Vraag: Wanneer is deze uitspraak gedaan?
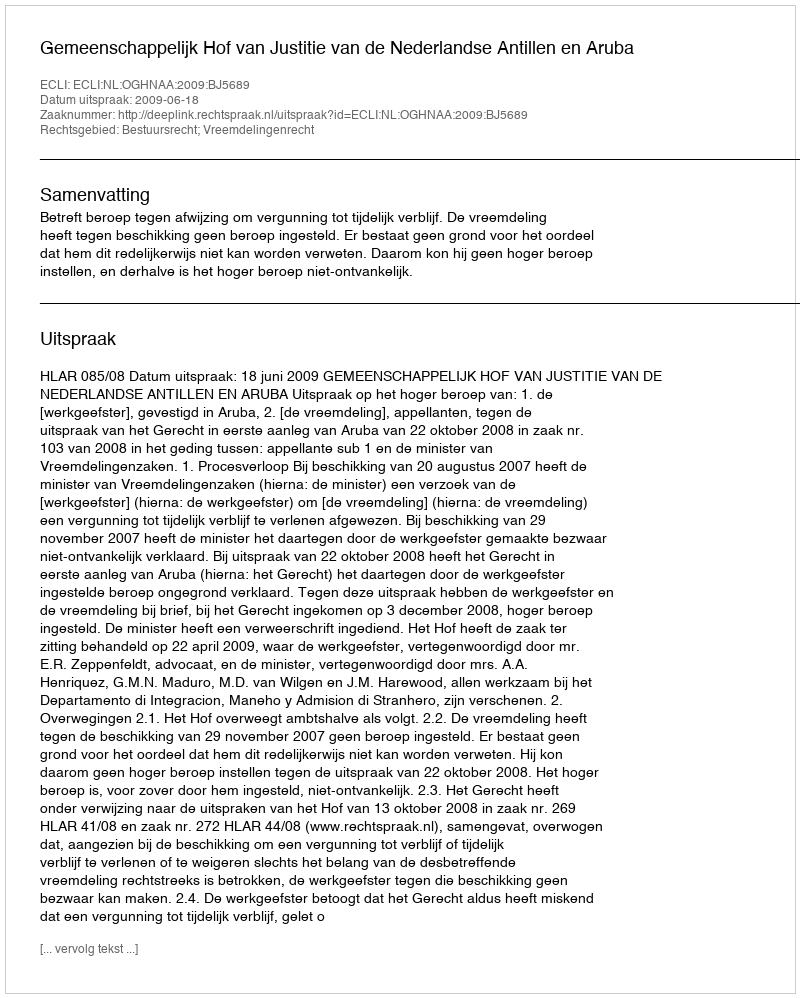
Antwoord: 2009-06-18